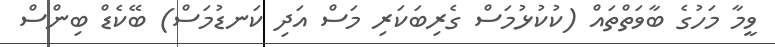
ވީމާ މަހުގެ ބާވަތްތައް (ކުކުޅުމަސް ގެރިބަކަރި މަސް އަދި ކަނޑުމަސް) ބޭކެޑް ބިންސް